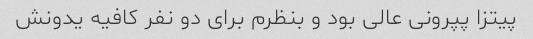
پیتزا پپرونی عالی بود و بنظرم برای دو نفر کافیه یدونش